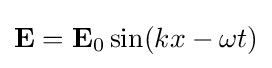
\mathbf {E} =\mathbf {E} _{0}\sin(kx-\omega t)\,\!